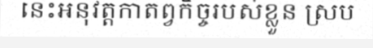
នេះអនុវត្តកាតព្វកិច្ចរបស់ខ្លួន ស្រប